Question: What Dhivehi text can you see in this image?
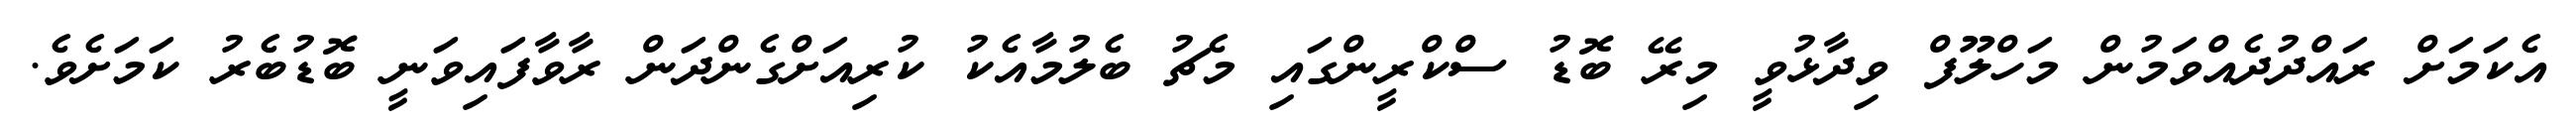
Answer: އެކަމަށް ރައްދުދެއްވަމުން މަހްލޫފް ވިދާޅުވީ މިރޭ ބޮޑު ސްކްރީންގައި މެޗު ބެލުމާއެކު ކުރިއަށްގެންދަން ރާވާފައިވަނީ ބޮޑުބެރު ކަމަށެވެ.